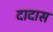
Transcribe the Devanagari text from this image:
दादास